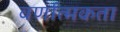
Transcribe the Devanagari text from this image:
वर्णात्मकता